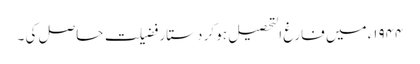
۱۹۴۴ء میں فارغ التحصیل ہو کر دستار فضیلت حاصل کی ۔